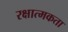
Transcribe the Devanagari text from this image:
रक्षात्मकता